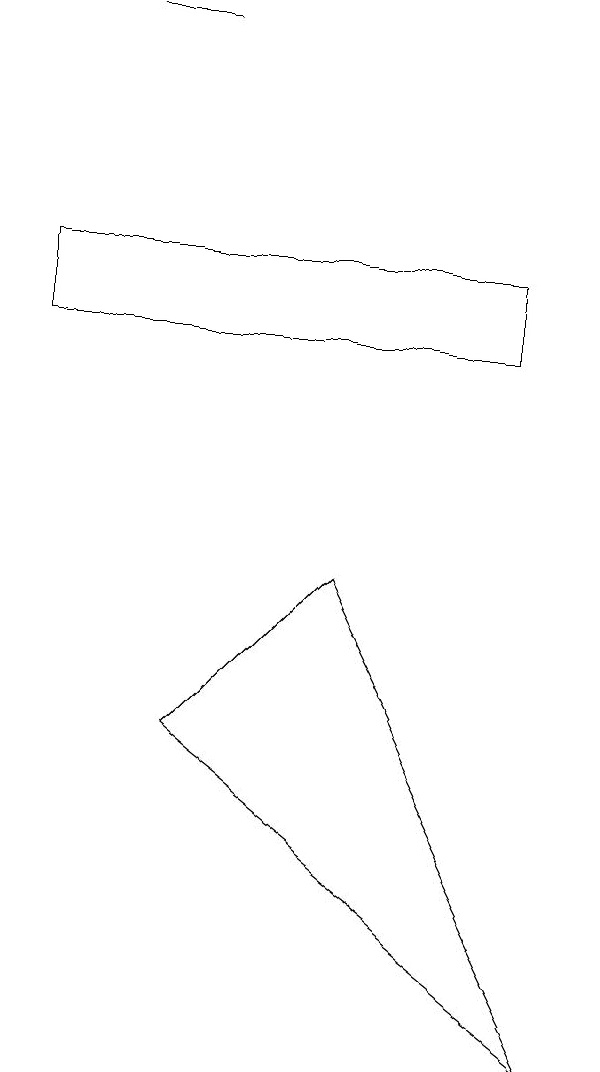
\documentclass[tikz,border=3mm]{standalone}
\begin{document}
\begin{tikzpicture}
\draw (2,14) rectangle (1,14);
\draw (7,1) -- (4,7) -- (2,5) -- cycle;
\draw (0,10) rectangle (6,11);
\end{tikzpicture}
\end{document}